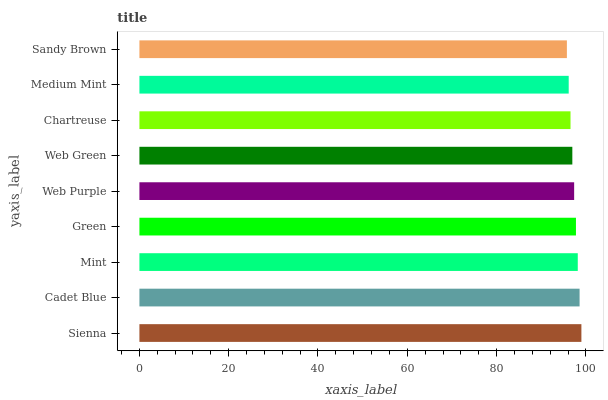
| yaxis_label | bars |
 | --- | --- |
 | Sienna | 99 |
 | Cadet Blue | 98.6 |
 | Mint | 98.2 |
 | Green | 97.8 |
 | Web Purple | 97.4 |
 | Web Green | 97 |
 | Chartreuse | 96.6 |
 | Medium Mint | 96.2 |
 | Sandy Brown | 95.8 |